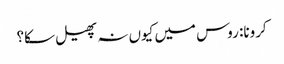
کرونا: روس میں کیوں نہ پھیل سکا؟